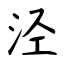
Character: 泾